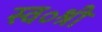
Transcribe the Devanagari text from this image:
स्व॰श्री